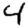
Digit: 4